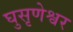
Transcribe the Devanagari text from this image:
घुसृणेश्वर